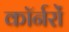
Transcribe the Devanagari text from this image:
कॉर्नरों